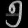
Digit: ၅